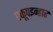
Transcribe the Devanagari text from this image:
स्कूपइन्हार